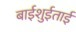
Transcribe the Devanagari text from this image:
बाईशुईताई